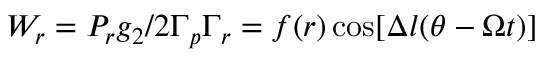
W _ { r } = { P _ { r } g _ { 2 } } / { 2 \Gamma _ { p } \Gamma _ { r } } = f ( r ) \cos [ \Delta l ( \theta - \Omega t ) ]